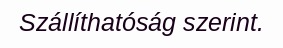
Szállíthatóság szerint.